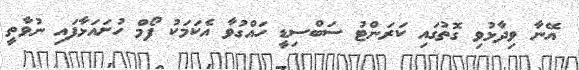
އޭނާ ވިދާޅުވި ގޮތުގައި ކަރަންޓު ސަބްސިޑީ ހައްގުވާ އެކަމަކު ފޯމް ހުށައަޅާފައި ނުވާތީ